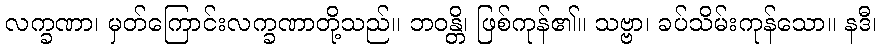
လက္ခဏာ၊ မှတ်ကြောင်းလက္ခဏာတို့သည်။ ဘဝန္တိ၊ ဖြစ်ကုန်၏။ သဗ္ဗာ၊ ခပ်သိမ်းကုန်သော။ နဒီ၊